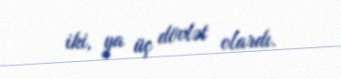
iki, ya üç dövlət olardı.